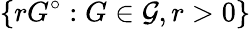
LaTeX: \left\{ rG^{\circ}:G\in{\mathcal{G}},r>0\right\}